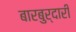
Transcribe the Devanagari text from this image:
बारबुर्दारी